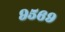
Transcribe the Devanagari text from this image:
९५६९